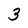
Character: 3